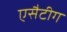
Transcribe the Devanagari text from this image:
एसैटीग